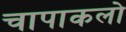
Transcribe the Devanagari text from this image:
चापाकलो